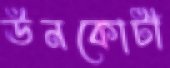
ঊনকোটী